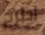
اطرح